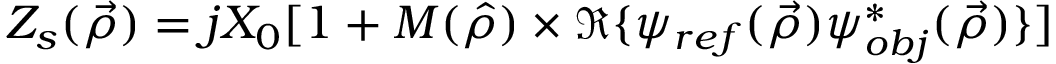
Z _ { s } ( \vec { \rho } ) = j X _ { 0 } [ 1 + M ( \hat { \rho } ) \times \Re \{ \psi _ { r e f } ( \vec { \rho } ) \psi _ { o b j } ^ { * } ( \vec { \rho } ) \} ]